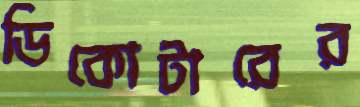
ডিকোটারের